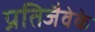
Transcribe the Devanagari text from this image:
प्रतिजैवेके